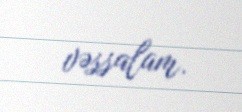
vəssalam.